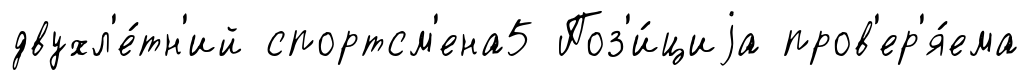
двухл'е́тн'ий спортсм'ена5 Поз'и́циjа пров'ер'я́ема